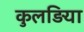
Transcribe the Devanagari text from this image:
कुलड़िया